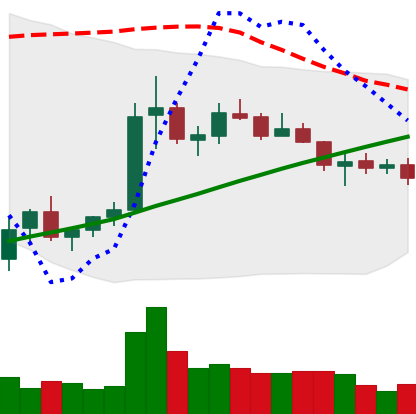
Ticker: ETC-USD
Chart end date: 2021-07-12
Forward return: -13.307%
Label: down_7plus